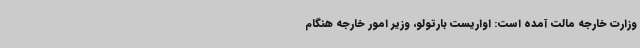
وزارت خارجه مالت آمده است: اواریست بارتولو، وزیر امور خارجه هنگام